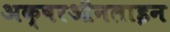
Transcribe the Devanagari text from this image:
अक्षरऑनलाइन